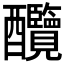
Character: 𨤋